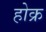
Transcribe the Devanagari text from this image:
होक्र